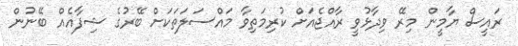
ރައީސް ޔާމީން މިރޭ ވިދާޅުވީ ރާއްޖެއަށް ކުރިމަތިވާ މައްސަލަތަކަށް ބޭރުގެ ޝިފާއެއް ބޭނުން